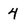
Character: 4